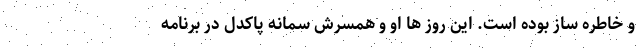
و خاطره ساز بوده است. این روز ها او و همسرش سمانه پاکدل در برنامه